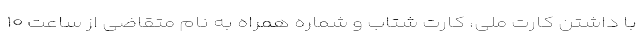
با داشتن کارت ملی، کارت شتاب و شماره همراه به نام متقاضی از ساعت ۱۰